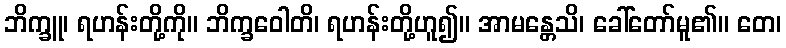
ဘိက္ခူ၊ ရဟန်းတို့ကို။ ဘိက္ခဝေါတိ၊ ရဟန်းတို့ဟူ၍။ အာမန္တေသိ၊ ခေါ်တော်မူ၏။ တေ၊